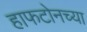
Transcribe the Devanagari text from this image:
हाफटोनच्या